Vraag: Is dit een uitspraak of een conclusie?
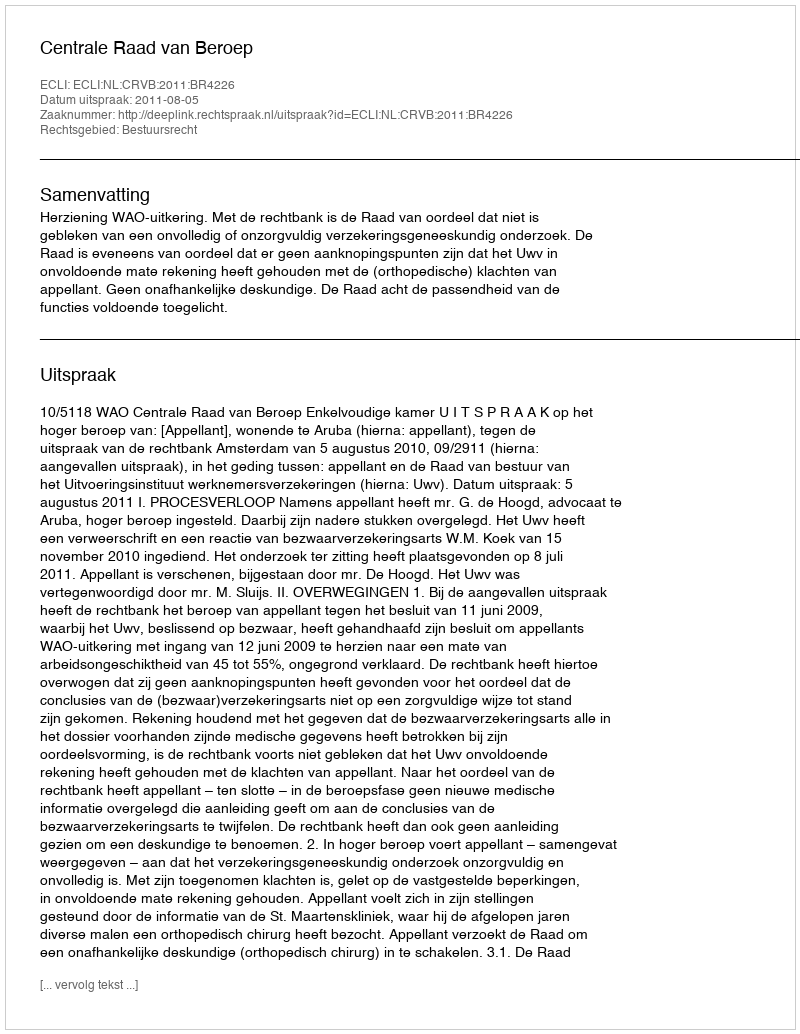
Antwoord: Uitspraak